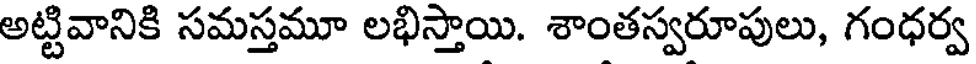
అట్టివానికి సమస్తమూ లభిస్తాయి. శాంతస్వరూపులు, గంధర్వ